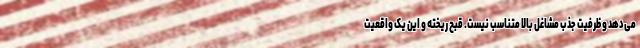
می‌دهد و ظرفیت جذب مشاغل بالا متناسب نیست. قبح ریخته و این یک واقعیت